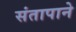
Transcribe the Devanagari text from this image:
संतापाने